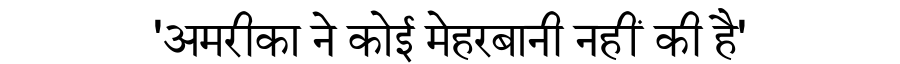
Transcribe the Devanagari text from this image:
'अमरीका ने कोई मेहरबानी नहीं की है'